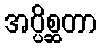
အပ္ပိစ္ဆတာ